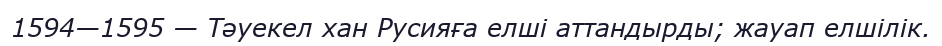
1594—1595 — Тәуекел хан Русияға елші аттандырды; жауап елшілік.